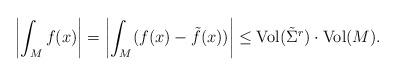
LaTeX: \begin{align*}\left|\int_M f(x)\right|=\left|\int_M (f(x)-\tilde f(x))\right|\leq {\rm Vol}(\tilde\Sigma^r)\cdot {\rm Vol}(M).\end{align*}